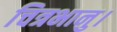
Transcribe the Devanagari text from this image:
चित्रभानु।